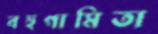
বহুগামিতা